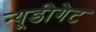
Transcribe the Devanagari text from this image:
न्यूडीगेट